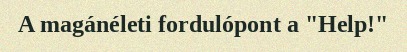
A magánéleti fordulópont a "Help!"